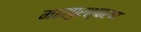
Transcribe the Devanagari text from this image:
महापुरश्चरण